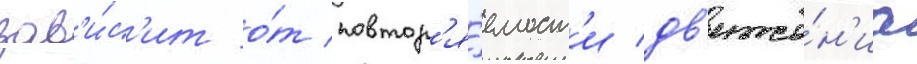
зав'и́с'ит о́т повтор'я́емост'и дв'иже́н'иа